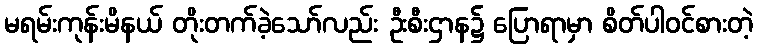
မရမ်းကုန်းမိနယ် တိုးတက်ခဲ့သော်လည်း ဦးစီးဌာန၌ ပြောရာမှာ စိတ်ပါဝင်စားတဲ့